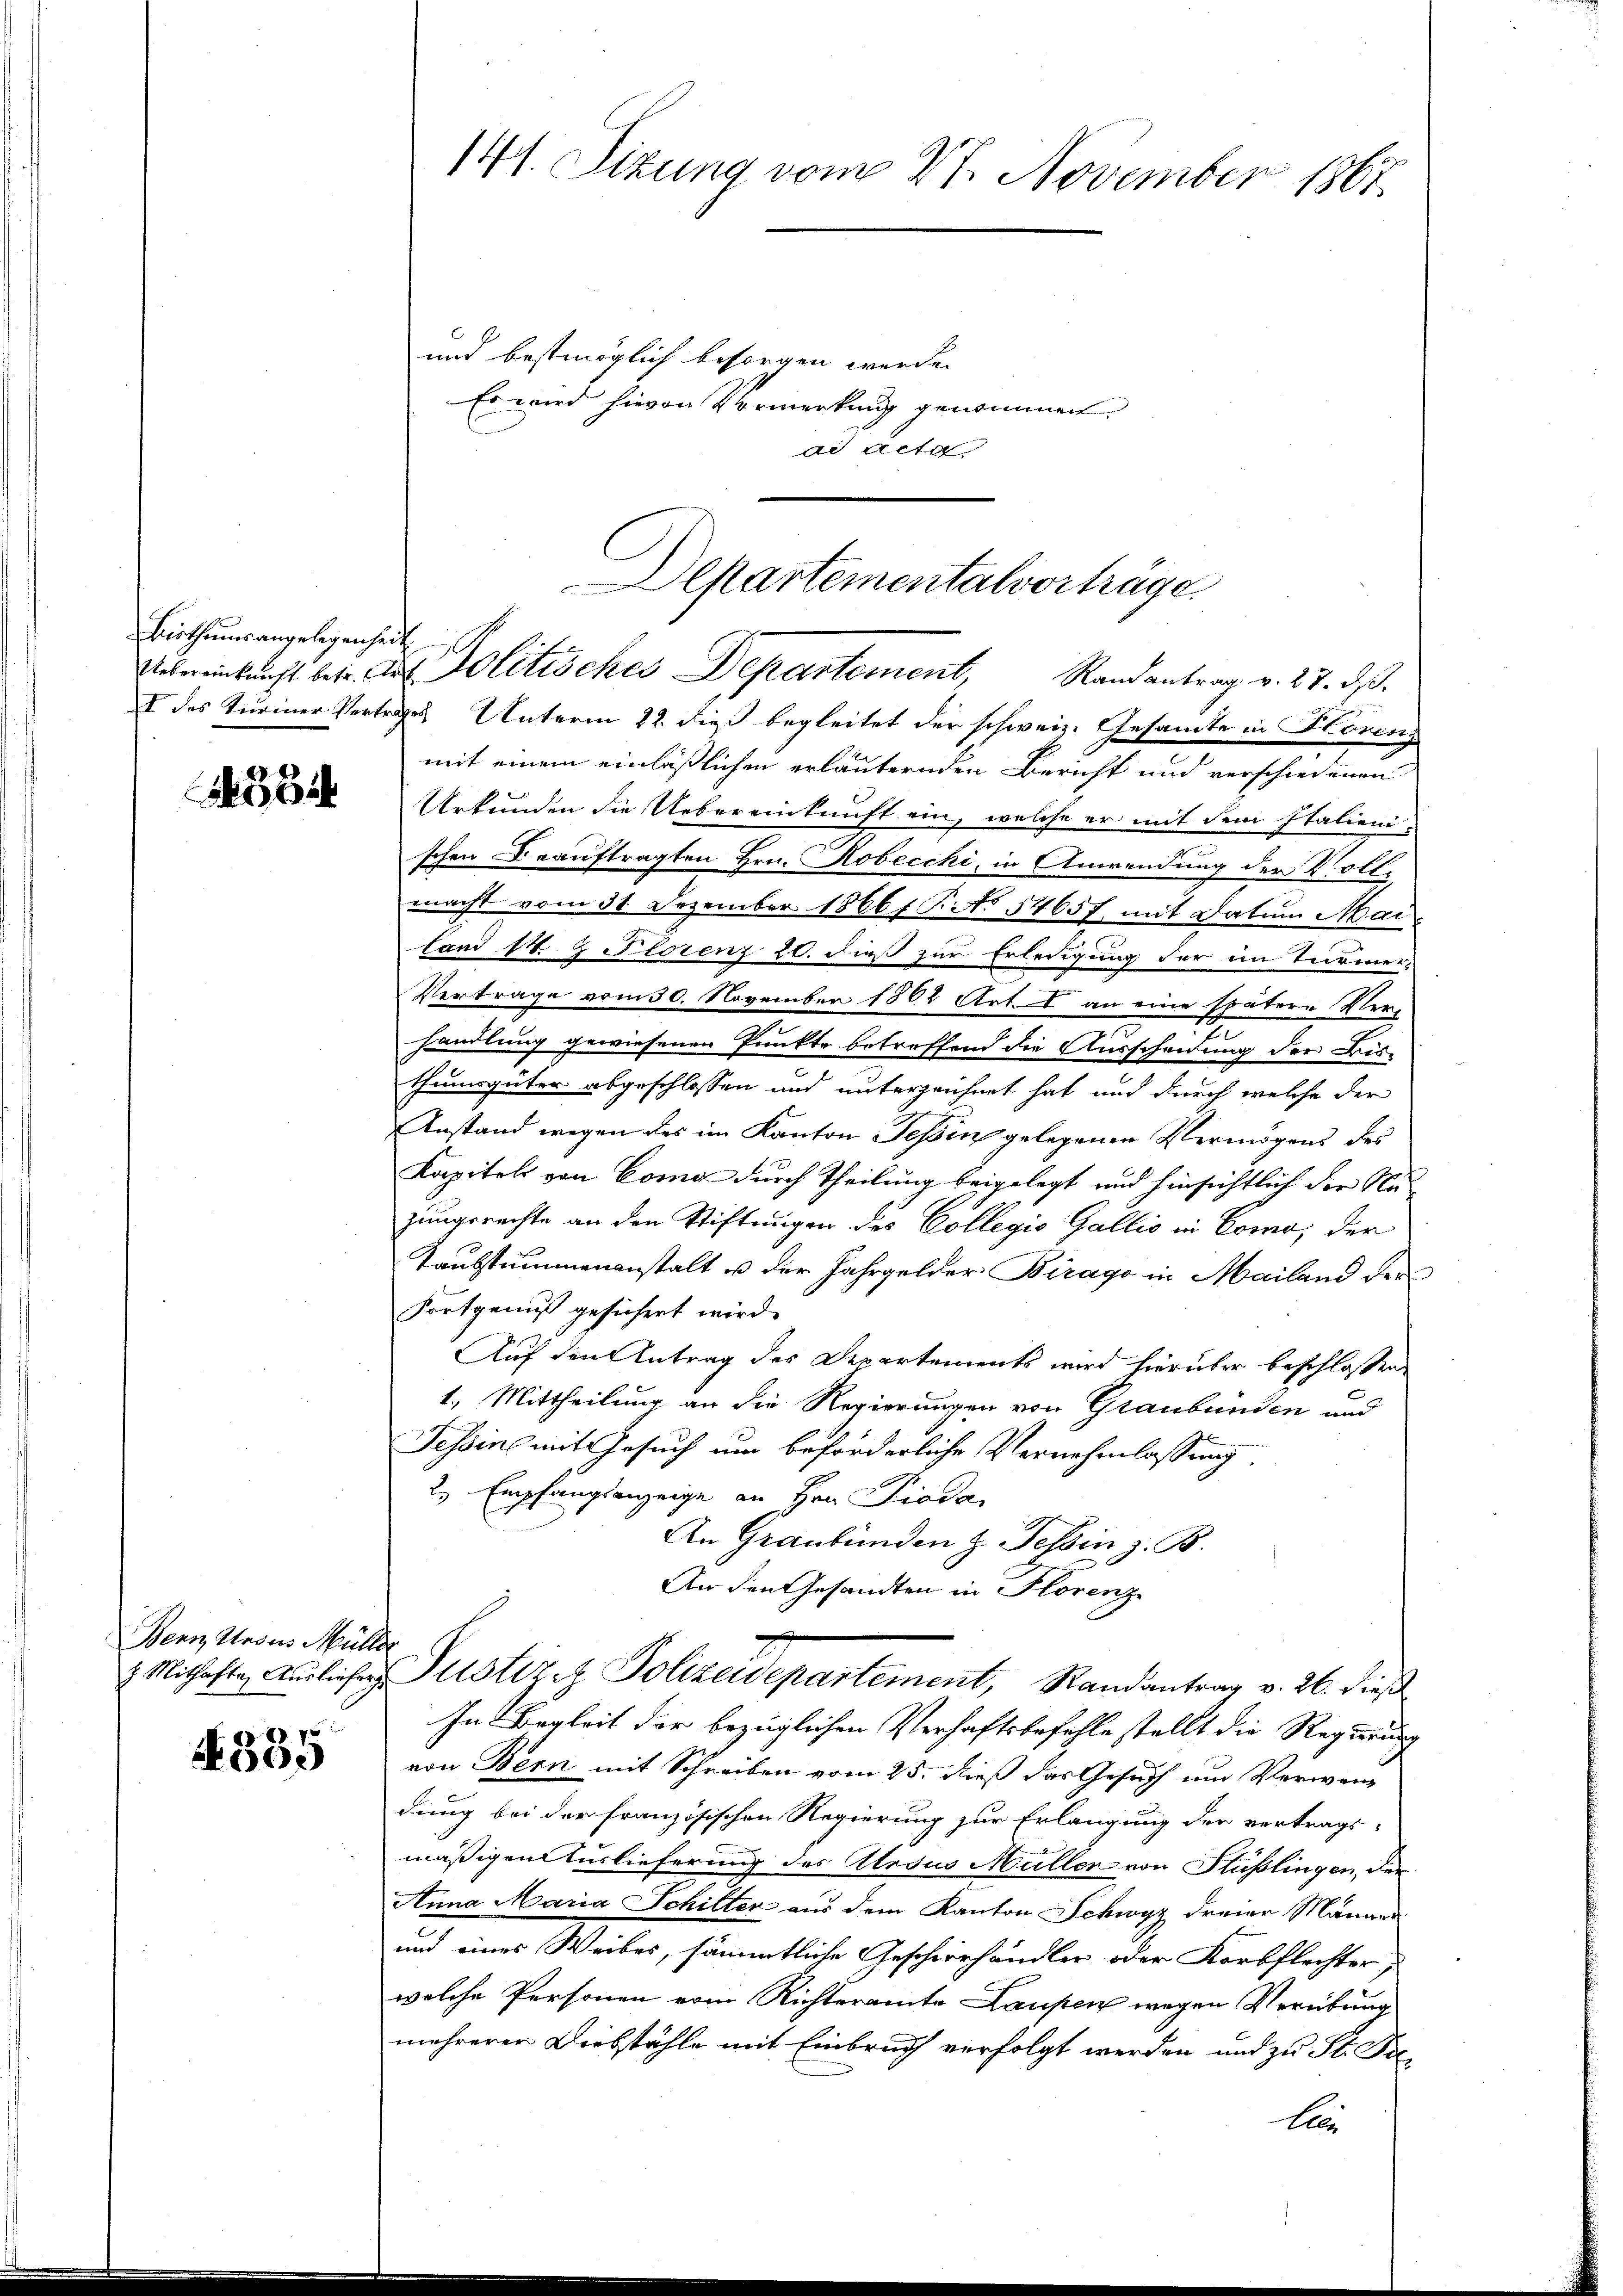
Birthums angelegenheit

5

Bern Ansus Müller

75
500

141. Sitzung vom 27. November 1867

und bestmöglich besorgen werde.
Es wird hievon Vormerkung genommen.
ad Acte

I des Turiner Vertrages Unterm 22. dieß begleitet der schweiz. Gesamte in Honing
mit einem einläßlichen erläuternden Bericht und verschiedenen
Urkunden die Uebereinkunft ein, welche er mit dem Italieni
schen Beauftragten Hrn. Robecchi, in Anwendung der Voll-
macht vom 31. Dezember 1866 f. P. No 54657, mit Datum Mai
land S. Z Florenz 26. dieß zur Erledigung der im Turmer-
Vertrage vom 30. November 1882 Art. 1 an eine spätere Ver-
handlung gewiesenen Punkte betreffend die Ausscheidung der Bis-
thumsgüter abgeschlossen und unterzeichnet hat, und durch welche der
Anstand wegen des im Kanton Tessin gelegenen Vermögens des
Kapitels von Coma durch Theilung beigelegt und hinsichtlich der Nazungsrechte an den Stiftungen des Collegio Gallis in Como, der
Taubstimmenanstalt u der Jahrgelder Birago in Mailand der
Fortgenuß gesichert wird.
Auf den Antrag des Departements wird hierüber beschlossen
1.) Mittheilung an die Regierungen von Graubünden und
Tessine mit Gesuch um beförderliche Vernehmlassung
2. Empfangsanzeige an Hrn. Pioda,
An Graubünden z. Tessin z. B.
An den Gesandten in Florenz
 Mithafte Ausliefer Justizet Polizeidepartement, Randantrag v. 26. dieß
In Begleit der bezüglichen Verhaftsbefehle stellt die Regierung
von Bern mit Schreiben vom 25. dieß das Gesuch um Verwendung bei der französischen Regierung zur Erlangung der vertrags-
mäßigen Auslieferung des Atosus Müller von Stüßlingen, der
Anna Maria Schilter aus dem Kanton Schwyz dreier Männer
und eines Weibes, sämmtliche Geschwerhändler oder Korbflechter,
welche Personen vom Richteramte Laufen wegen Verübung
mehrerer Diebstähle mit Einbruch verfolgt werden und zu St. Pieten

Departementalvorträge.
Uebereinkunft betr. des Politisches Departement, Randantrag v. 27. ds.